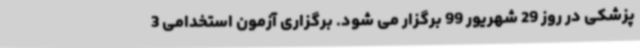
پزشکی در روز 29 شهریور 99 برگزار می شود. برگزاری آزمون استخدامی 3